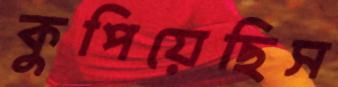
কুপিয়েছিস